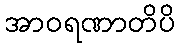
အာဝရဏာတိပိ